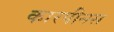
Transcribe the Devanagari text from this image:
कारपीनस